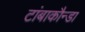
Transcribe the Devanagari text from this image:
टांबाकौन्डा